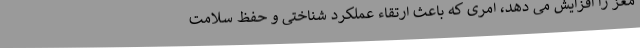
مغز را افزایش می دهد، امری که باعث ارتقاء عملکرد شناختی و حفظ سلامت